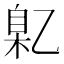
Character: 𬼯